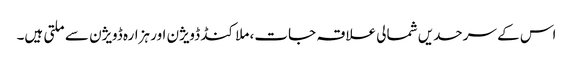
اس کے سرحدیں شمالی علاقہ جات، ملا کنڈ ڈویژن اور ہزارہ ڈویژن سے ملتی ہیں۔